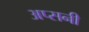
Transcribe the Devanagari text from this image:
अप्सनी